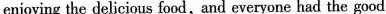
enjoying the delicious food, and everyone had the good